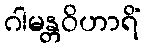
ဂါမန္တဝိဟာရိံ